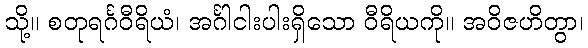
သို့။ စတုရင်္ဂဝီရိယံ၊ အင်္ဂါငါးပါးရှိသော ဝီရိယကို။ အဝိဇဟိတွာ၊